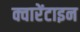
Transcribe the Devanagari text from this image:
क्वारेंटाइन